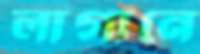
লাগানে